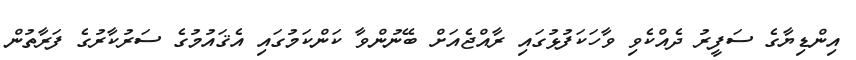
އިންޑިޔާގެ ސަފީރު ދެއްކެވި ވާހަކަފުޅުގައި ރާއްޖެއަށް ބޭނުންވާ ކަންކަމުގައި އެޤައުމުގެ ސަރުކާރުގެ ފަރާތުން